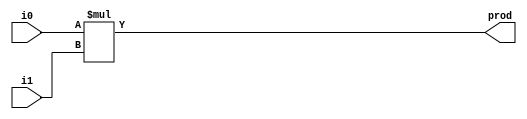
module mul16(i0,i1,prod);
input [15:0] i0,i1;
output [31:0] prod;

assign prod = i0 * i1;

endmodule